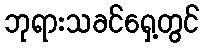
ဘုရားသခင်ရှေ့တွင်